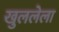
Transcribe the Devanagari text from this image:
खुललेला